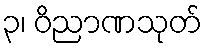
၃၊ ဝိညာဏသုတ်